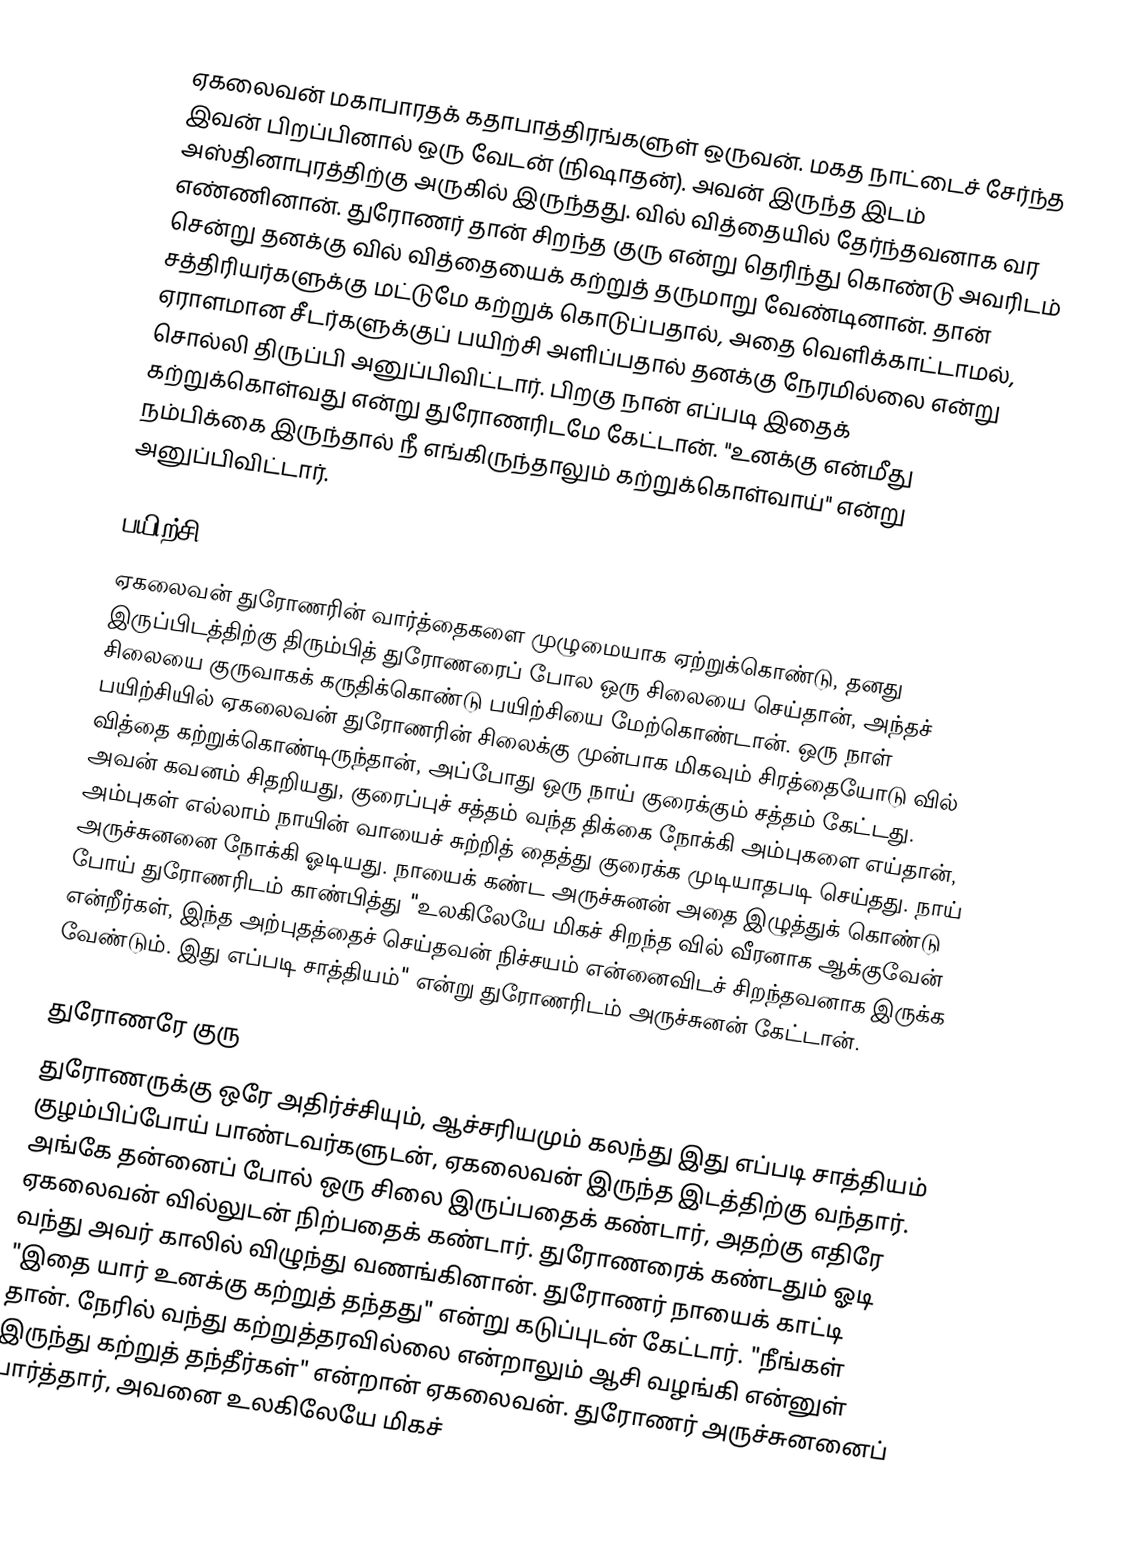
ஏகலைவன் மகாபாரதக் கதாபாத்திரங்களுள் ஒருவன். மகத நாட்டைச் சேர்ந்த இவன் பிறப்பினால் ஒரு வேடன் (நிஷாதன்). அவன் இருந்த இடம் அஸ்தினாபுரத்திற்கு அருகில் இருந்தது. வில் வித்தையில் தேர்ந்தவனாக வர எண்ணினான். துரோணர் தான் சிறந்த குரு என்று தெரிந்து கொண்டு அவரிடம் சென்று தனக்கு வில் வித்தையைக் கற்றுத் தருமாறு வேண்டினான். தான் சத்திரியர்களுக்கு மட்டுமே கற்றுக் கொடுப்பதால், அதை வெளிக்காட்டாமல், ஏராளமான சீடர்களுக்குப் பயிற்சி அளிப்பதால் தனக்கு நேரமில்லை என்று சொல்லி திருப்பி அனுப்பிவிட்டார். பிறகு நான் எப்படி இதைக் கற்றுக்கொள்வது என்று துரோணரிடமே கேட்டான். "உனக்கு என்மீது நம்பிக்கை இருந்தால் நீ எங்கிருந்தாலும் கற்றுக்கொள்வாய்" என்று அனுப்பிவிட்டார்.

பயிற்சி
ஏகலைவன் துரோணரின் வார்த்தைகளை முழுமையாக ஏற்றுக்கொண்டு, தனது இருப்பிடத்திற்கு திரும்பித் துரோணரைப் போல ஒரு சிலையை செய்தான், அந்தச் சிலையை குருவாகக் கருதிக்கொண்டு பயிற்சியை மேற்கொண்டான். ஒரு நாள் பயிற்சியில் ஏகலைவன் துரோணரின் சிலைக்கு முன்பாக மிகவும் சிரத்தையோடு வில் வித்தை கற்றுக்கொண்டிருந்தான், அப்போது ஒரு நாய் குரைக்கும் சத்தம் கேட்டது. அவன் கவனம் சிதறியது, குரைப்புச் சத்தம் வந்த திக்கை நோக்கி அம்புகளை எய்தான், அம்புகள் எல்லாம் நாயின் வாயைச் சுற்றித் தைத்து குரைக்க முடியாதபடி செய்தது. நாய் அருச்சுனனை நோக்கி ஓடியது. நாயைக் கண்ட அருச்சுனன் அதை இழுத்துக் கொண்டு போய் துரோணரிடம் காண்பித்து "உலகிலேயே மிகச் சிறந்த வில் வீரனாக ஆக்குவேன் என்றீர்கள், இந்த அற்புதத்தைச் செய்தவன் நிச்சயம் என்னைவிடச் சிறந்தவனாக இருக்க வேண்டும். இது எப்படி சாத்தியம்" என்று துரோணரிடம் அருச்சுனன் கேட்டான்.

துரோணரே குரு
துரோணருக்கு ஒரே அதிர்ச்சியும், ஆச்சரியமும் கலந்து இது எப்படி சாத்தியம் குழம்பிப்போய் பாண்டவர்களுடன், ஏகலைவன் இருந்த இடத்திற்கு வந்தார். அங்கே தன்னைப் போல் ஒரு சிலை இருப்பதைக் கண்டார், அதற்கு எதிரே ஏகலைவன் வில்லுடன் நிற்பதைக் கண்டார். துரோணரைக் கண்டதும் ஓடி வந்து அவர் காலில் விழுந்து வணங்கினான். துரோணர் நாயைக் காட்டி "இதை யார் உனக்கு கற்றுத் தந்தது" என்று கடுப்புடன் கேட்டார். "நீங்கள் தான். நேரில் வந்து கற்றுத்தரவில்லை என்றாலும் ஆசி வழங்கி என்னுள் இருந்து கற்றுத் தந்தீர்கள்" என்றான் ஏகலைவன். துரோணர் அருச்சுனனைப் பார்த்தார், அவனை உலகிலேயே மிகச்